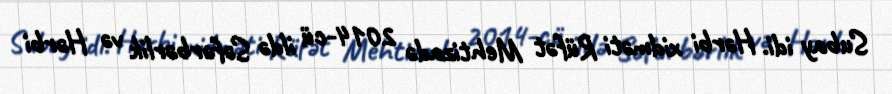
Subay idi. Hərbi xidməti Rüfət Mehtizadə 2014-cü ildə Səfərbərlik və Hərbi